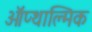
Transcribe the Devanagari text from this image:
ऑप्थाल्मिक